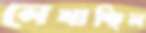
লেখাচ্ছিল